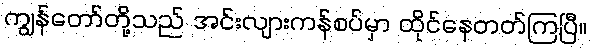
ကျွန်တော်တို့သည် အင်းလျားကန်စပ်မှာ ထိုင်နေတတ်ကြပြီ။